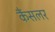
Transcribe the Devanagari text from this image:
कैंसलर